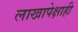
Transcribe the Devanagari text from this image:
लाखापेक्षाही